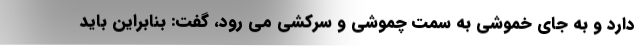
دارد و به جای خموشی به سمت چموشی و سرکشی می رود، گفت: بنابراین باید